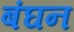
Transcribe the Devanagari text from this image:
बंघन